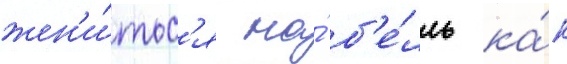
жен'и́тьс'я на́ б'е́лль ка́к